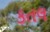
કતલ